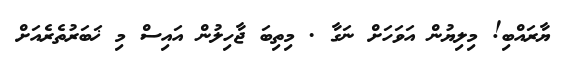
ޔާރައްބި! މިލިޔުން އަވަހަށް ނަގާ . މިތިބަ ޖާހިލުން އައިސް މި ޚަބަރުތެރެއަށް